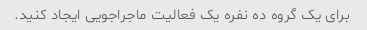
برای یک گروه ده نفره یک فعالیت ماجراجویی ایجاد کنید.